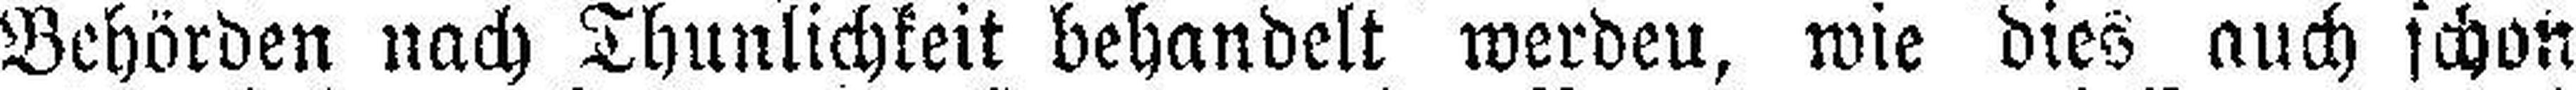
Behörden nach Thunlichkeit behandelt werdeu, wie dies auch schon